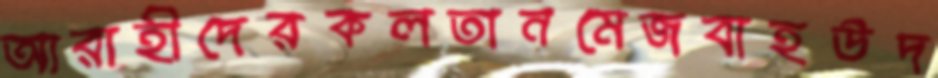
আরাহীদেরকলতানমেজবাহউদ